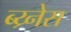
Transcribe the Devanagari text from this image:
ब्य्र्नेस